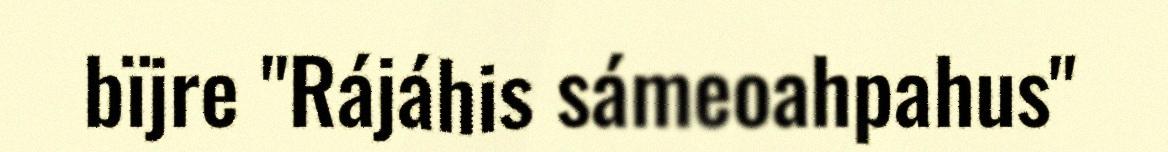
bïjre "Rájáhis sámeoahpahus"